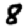
Digit: 8